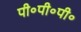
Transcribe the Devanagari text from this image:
पी॰पी॰पी॰